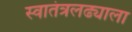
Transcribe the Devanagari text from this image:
स्वातंत्रलढ्याला